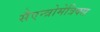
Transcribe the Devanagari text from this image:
सैएन्त्रोमेत्रिक्स